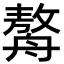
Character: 𦪈